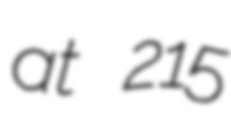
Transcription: at 215